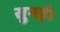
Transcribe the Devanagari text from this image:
सुनई।